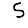
Digit: 5